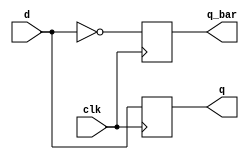
module dff(d,clk,q,q_bar);
input d,clk;
output q,q_bar;

reg q,q_bar;

always @(posedge clk)
begin
    q=d;
    q_bar=~d;
end

endmodule